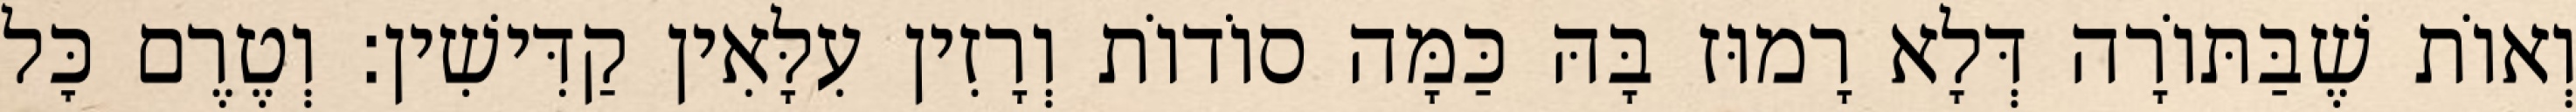
וְאוֹת שֶׁבַּתּוֹרָה דְּלָא רָמוּז בָּהּ כַּמָּה סוֹדוֹת וְרָזִין עִלָּאִין קַדִּישִׁין: וְטֶרֶם כׇּל